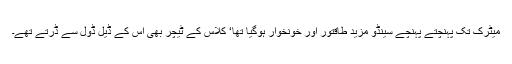
میٹرک تک پہنچتے پہنچے سینڈو مزید طاقتور اور خونخوار ہوگیا تھا‘ کلاس کے ٹیچر بھی اُس کے ڈیل ڈول سے ڈرتے تھے۔